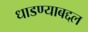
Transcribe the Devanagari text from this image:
धाडण्याबद्दल